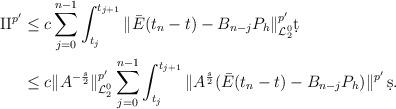
LaTeX: \begin{align*}{\rm II}^{p'} & \leq c\sum_{j=0}^{n-1} \int_{t_j}^{t_{j+1}} \| \bar E(t_n-t) - B_{n-j} P_h \|_{\mathcal{L}_2^0}^{p'} \d t\\& \leq c\| A^{-\frac{s}{2}} \|_{\mathcal{L}_2^0}^{p'}\sum_{j=0}^{n-1} \int_{t_j}^{t_{j+1}} \|A^{\frac{s}{2}}(\bar E(t_{n}-t)-B_{n-j} P_{h}) \|^{p'} \, \d s.\end{align*}